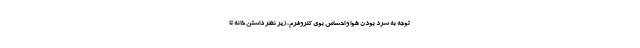
توجه به سرد بودن هوا و احساسِ بوی کلروفرم، زیر نظر داشتنِ خانه تا